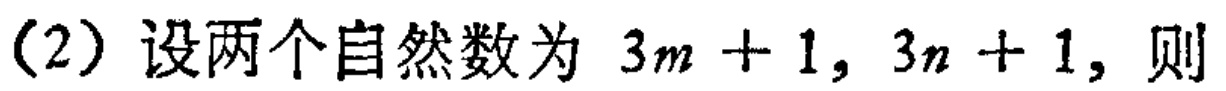
（2）设两个自然数为 \(3m + 1, 3n + 1\)，则